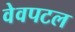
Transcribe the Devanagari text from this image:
वेवपटल